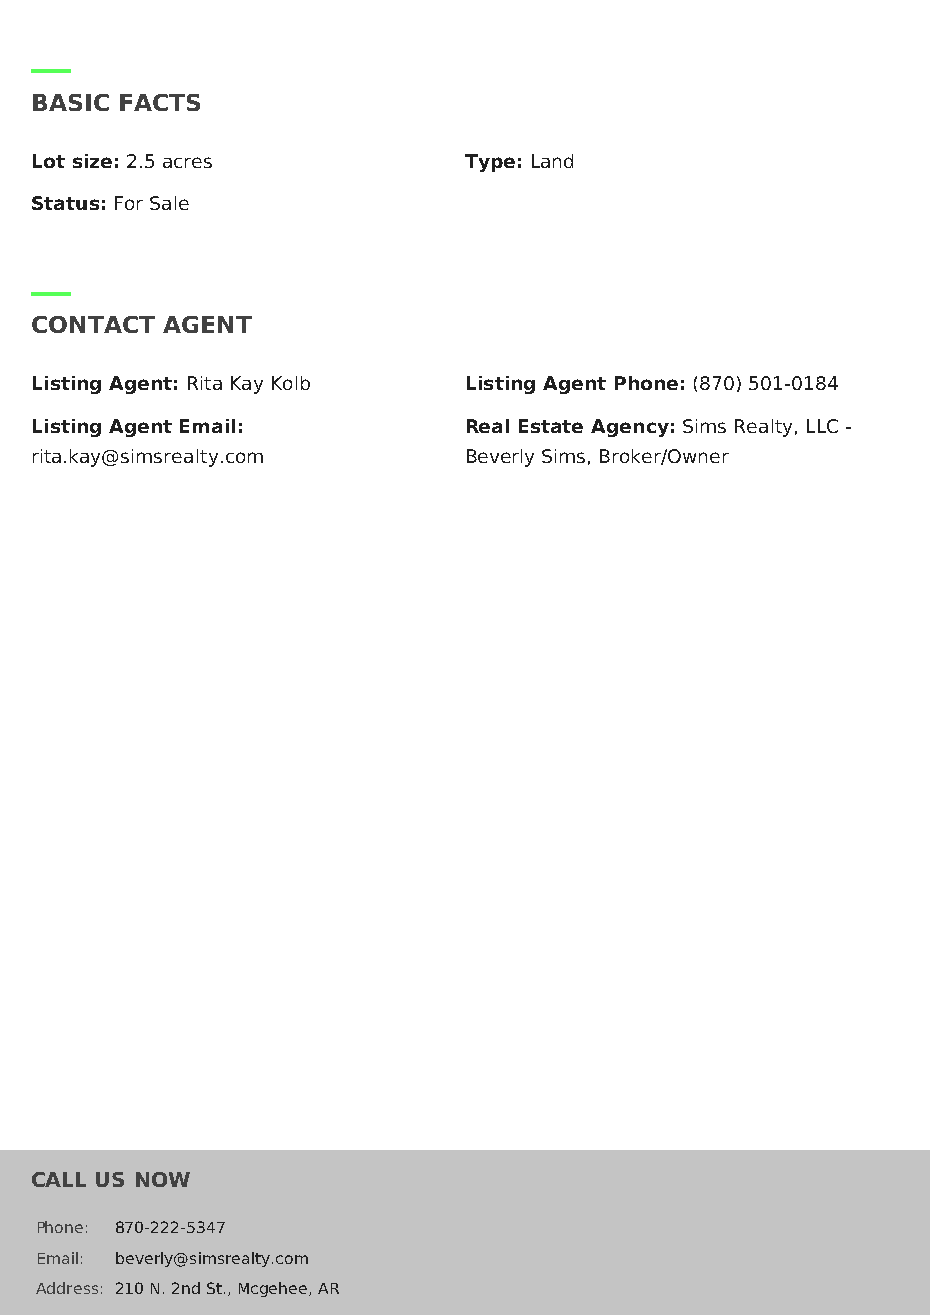
BASIC FACTS
 Lot size: 2.5 acres          Type:Land
 Status:For Sale
 CONTACT  AGENT
 Listing Agent: Rita Kay Kolb Listing Agent Phone: (870) 501-0184
 Listing Agent Email:         Real Estate Agency: Sims Realty, LLC -
 rita.kay@simsrealty.com      Beverly Sims, Broker/Owner
 CALL US NOW
 Phone: 870-222-5347
 Email: beverly@simsrealty.com
 Address: 210 N. 2nd St., Mcgehee, AR